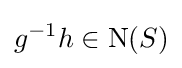
g^{-1}h\in \operatorname {N} (S)